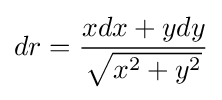
dr={\frac {xdx+ydy}{\sqrt {x^{2}+y^{2}}}}